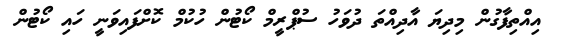
އިއްތިފާގުން މިދިޔަ އާދިއްތަ ދުވަހު ސުޕްރީމް ކޯޓުން ހުކުމް ކޮށްފައިވަނީ ހައި ކޯޓުން